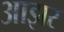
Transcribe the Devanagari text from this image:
आझर